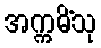
အက္ကမိံသု